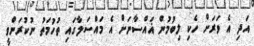
އަދި އެ ވަރަށް ހެކި ލިބުމުން ޣައްސާނަށް އެ މައްސަލާގައި ތުހުމަތު ނުކުރަންވީ